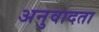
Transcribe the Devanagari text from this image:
अनुवादता